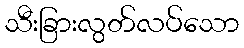
သီးခြားလွတ်လပ်သော